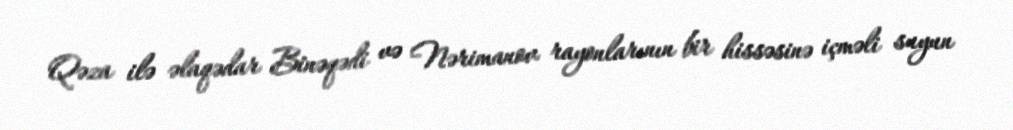
Qəza ilə əlaqədar Binəqədi və Nərimanov rayonlarının bir hissəsinə içməli suyun